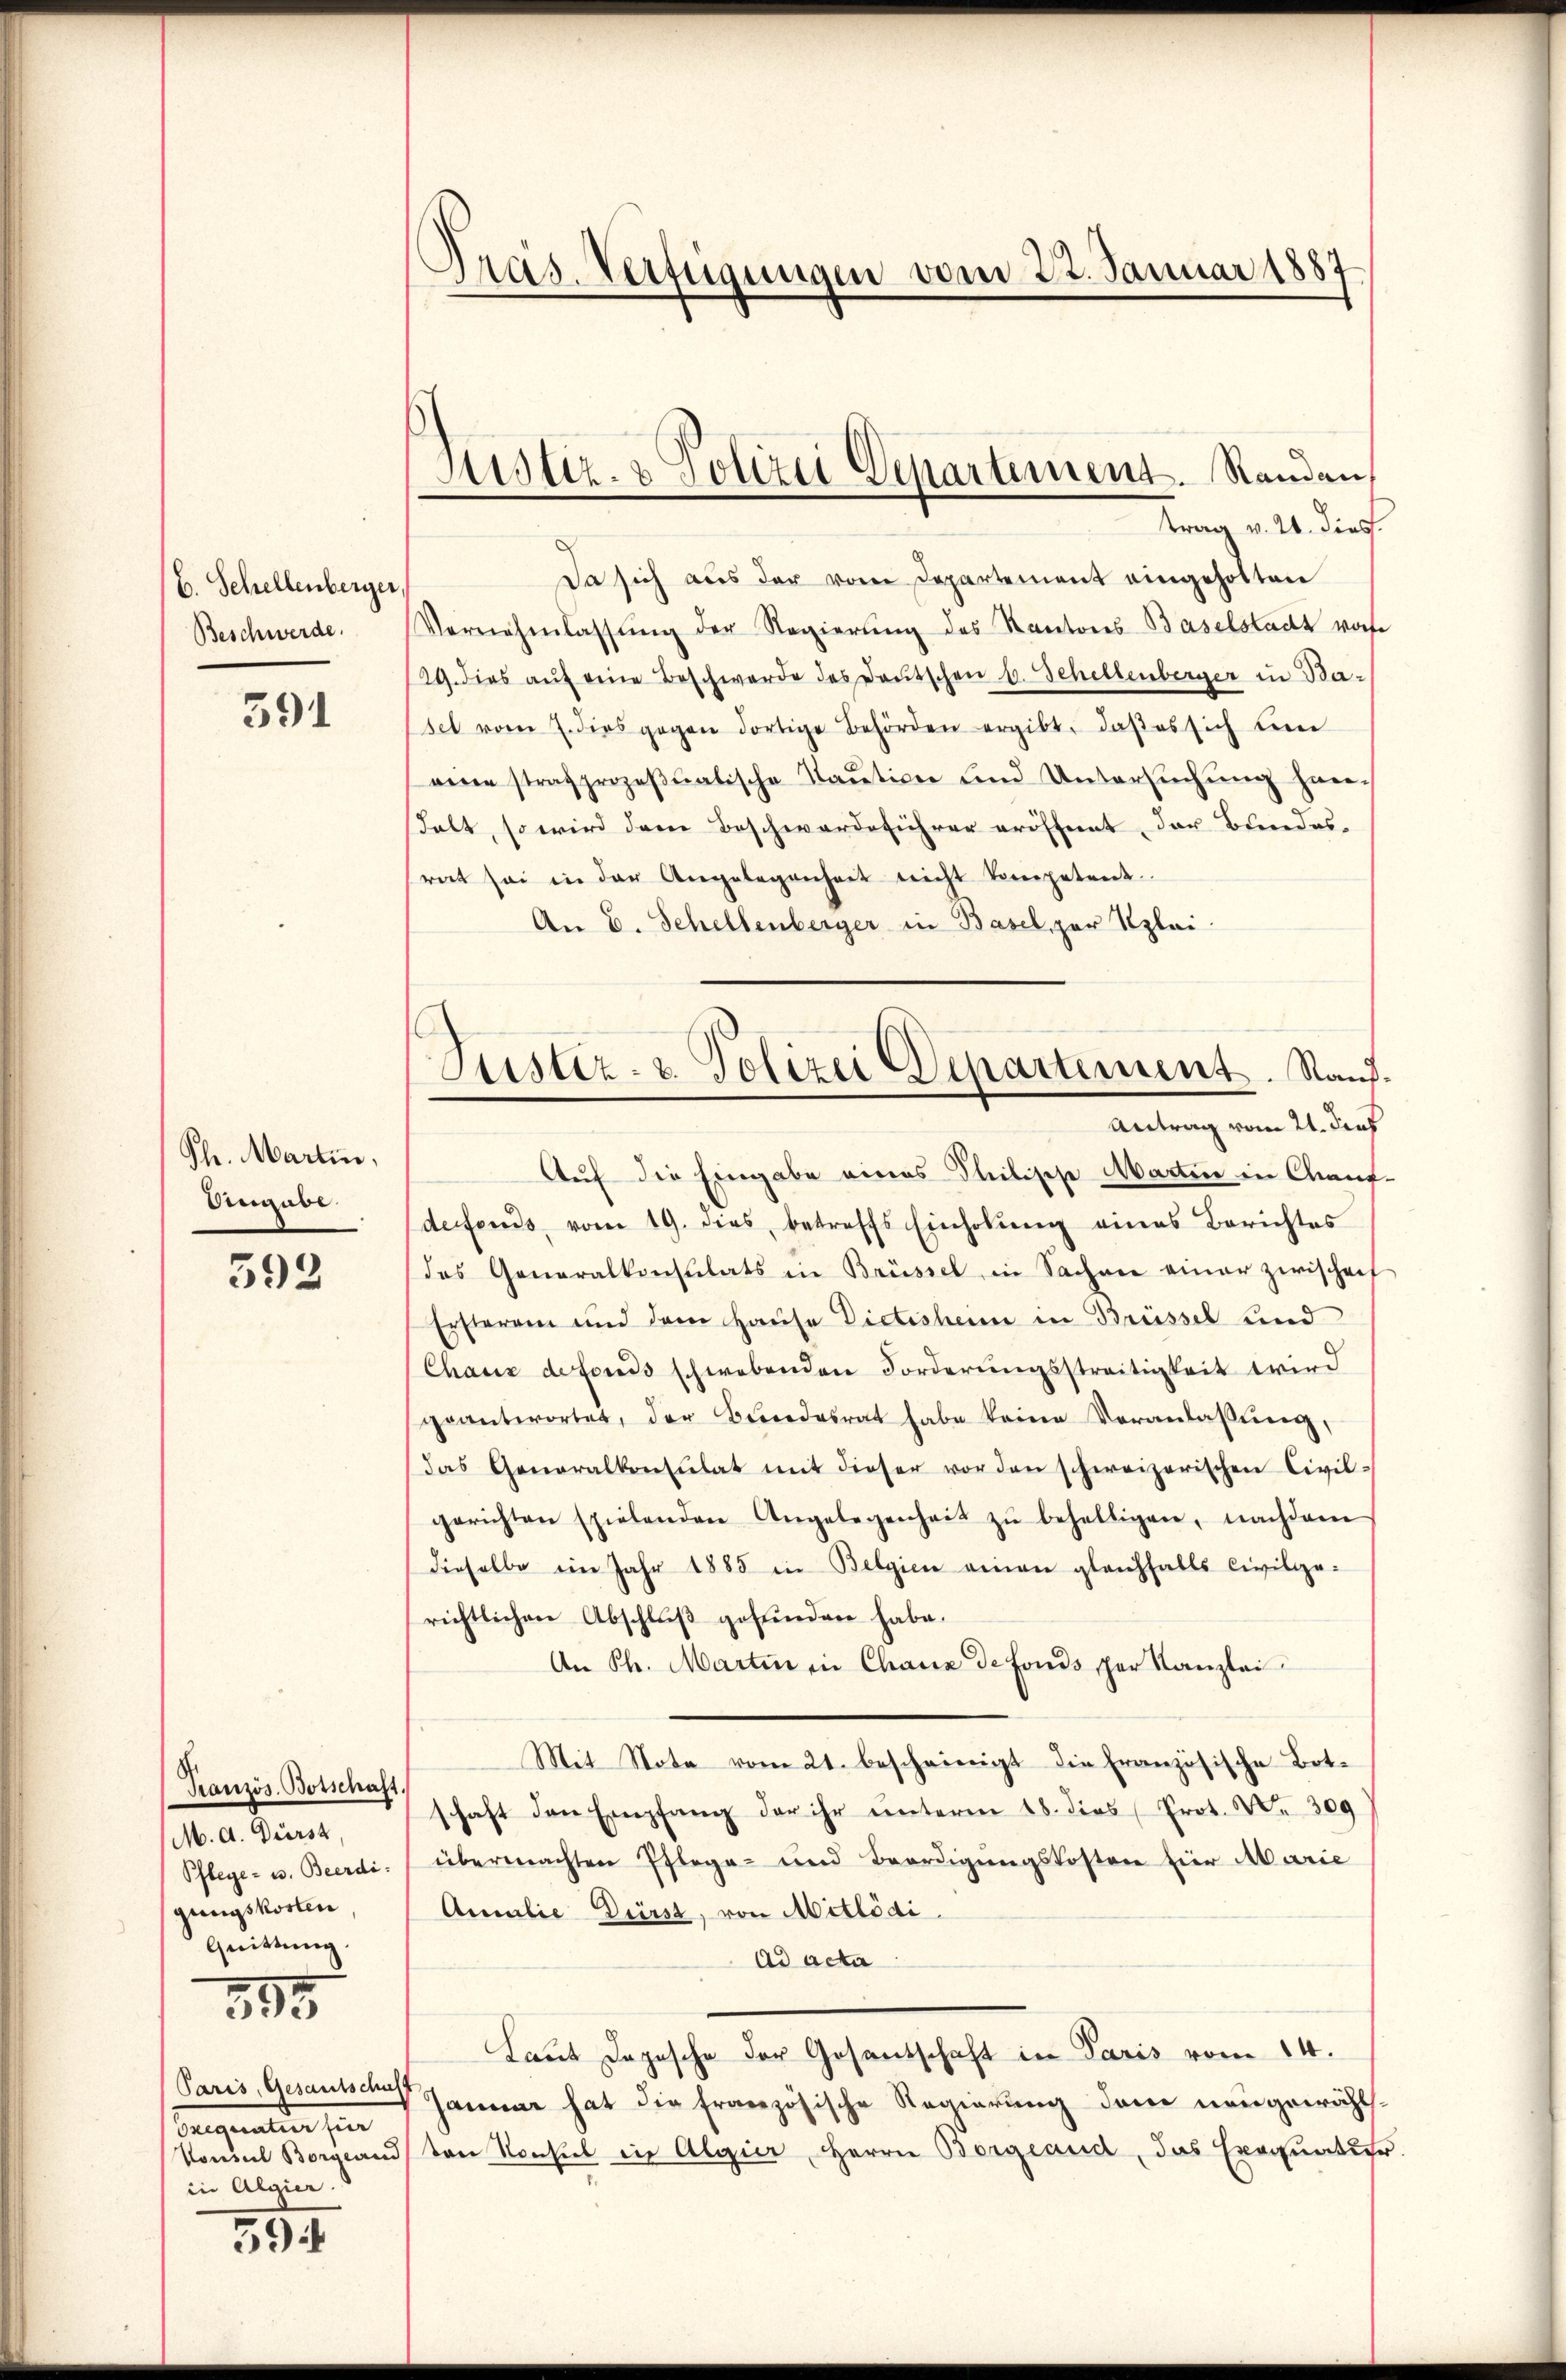
C. Schellenberger
Beschwerde.

391

Th. Martin,
Angabe.

592

Französ. Botschaft
M. A. Durst,
Pflege - u. Beerdi
gungskosten
Quittung.

395

Paris, Gesandtschaft
Carignalen sin
Vonnuel Borgeand
in Algier.

39

Präs. Verfügungen vom 22. Januar 1887

Justiz- & Polizei Departement. Randen,
Frag v. 24. dies.

Da sich aus der vom Departement eingeholten
Vernehmlassŭng der Regierŭng des Kantons Baselstadt worfe
29. dies aŭf eine Beschwerde des Deutschen u. Schellenberger in Baset vom 7. dies gegen dortige Behörden ergibt, daβ es sich den
eene strafprozeβatische Kaŭtion und Untersŭchŭng han-
stalt, so wird dem Beschwerdeführer eröffent, der Bundesrat sei in der Angelegenheit nicht kompetent.
An E. Schellenberger in Basel, zur Klei¬
Auf die Eingabe eines Steilische Marten in Chauf-
defonds, vom 19. dies, betreffs Einholŭng eines Berichtes
das Generalkonsulats in Brüssel in Sacher einer zwischen
Ersteren und dem Hause Dictisheim in Brüssel und
Chaus defonds schwebenden Forderungsstreitigkeit wird
geantwortet, der Bundesrat habe keine Veranlassŭng,
das Generalkonsulat mit dieser vor den schweizerischen Civil-
gerichten spielenden Angelegenheit zŭ behelligen, nachdem
dieselbe im Jahr 1885 in Belgien einen gleichfalls Civilge-
richtlichen Abschlŭβ gefunden habe.
An Ph. Martin in Chaux de fonds per Kanzlei
Mit Note vom 21. bescheinigt die französische Bot-
schaft den Empfang der ihr unterm 18. dies (Prot. Nr. 309
übermachten Pflege- und Beerdigŭngskosten hier Marie
Amalie Dürst, von Mitlödi
Ad acta
Laut Depesche der Gesandschaft in Paris vom 14.
Januar hat die französische Regierung dem neugewählten Konsul in Algier, Herrn Borgeand, das Exequatur.

Justiz- & Polizei Departement. Rand.
Antrag vom 21. dras